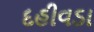
દહીવડા